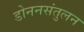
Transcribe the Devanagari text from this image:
डोननसंतुलन